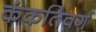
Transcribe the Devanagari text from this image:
कंकतिवर्ग